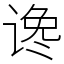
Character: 谗